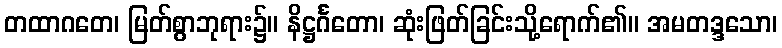
တထာဂတေ၊ မြတ်စွာဘုရား၌။ နိဋ္ဌင်္ဂတော၊ ဆုံးဖြတ်ခြင်းသို့ရောက်၏။ အမတဒ္ဒသော၊